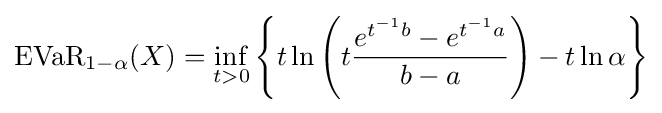
{\text{EVaR}}_{1-\alpha }(X)=\inf _{t>0}\left\lbrace t\ln \left(t{\frac {e^{t^{-1}b}-e^{t^{-1}a}}{b-a}}\right)-t\ln \alpha \right\rbrace